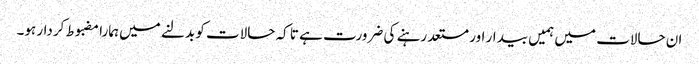
ان حالات میں ہمیں بیدار اور مستعد رہنے کی ضرورت ہے تا کہ حالات کو بدلنے میں ہمارا مضبوط کردار ہو۔